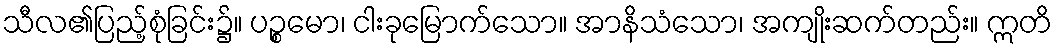
သီလ၏ပြည့်စုံခြင်း၌။ ပဉ္စမော၊ ငါးခုမြောက်သော။ အာနိသံသော၊ အကျိုးဆက်တည်း။ ဣတိ